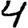
Digit: 4